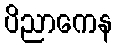
ပိညာကေန